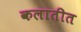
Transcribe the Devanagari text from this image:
कलातीत